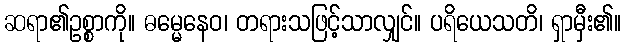
ဆရာ၏ဥစ္စာကို။ ဓမ္မေနေဝ၊ တရားသဖြင့်သာလျှင်။ ပရိယေသတိ၊ ရှာမှီး၏။